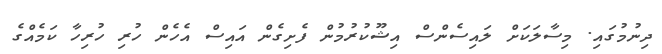
ދިނުމުގައި. މިސާލަކަށް ލައިސެންސް އިޝޫކުރުމުން ފެށިގެން އައިސް އެހެން ހުރި ހުރިހާ ކަމެއްގެ